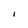
Character: I